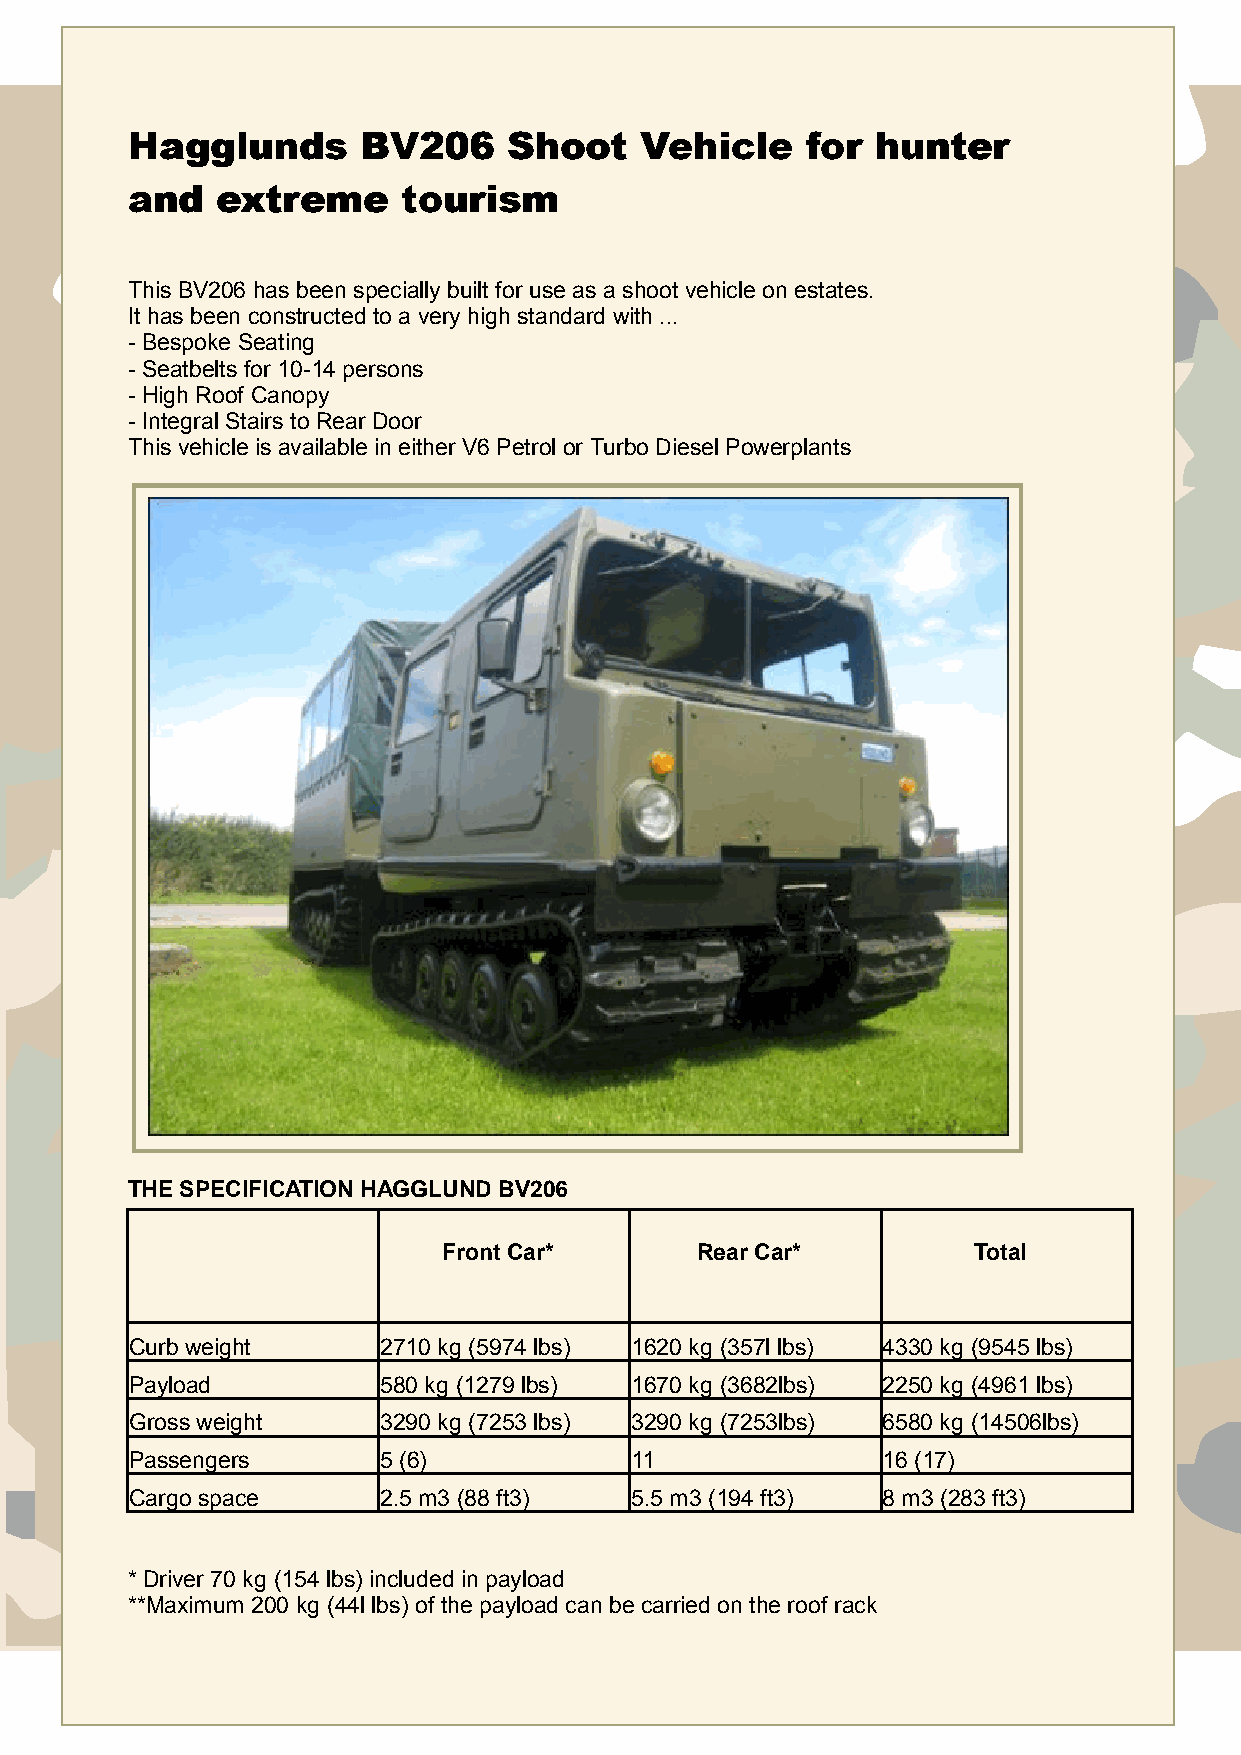
HHHaaaggggggllluuunnndddsss BBBVVV222000666 SSShhhoooooottt VVVeeehhhiiicccllleee fffooorrr hhhuuunnnttteeerrr
 aaannnddd eeexxxtttrrreeemmmeee tttooouuurrriiisssmmm
 This BV206 has been specially built for use as a shoot vehicle on estates.
 It has been constructed to a very high standard with ...
 - Bespoke Seating
 - Seatbelts for 10-14 persons
 - High Roof Canopy
 - Integral Stairs to Rear Door
 This vehicle is available in either V6 Petrol or Turbo Diesel Powerplants
 THE SPECIFICATION HAGGLUND BV206
 FrontCar*        RearCar*          Total
 Curb weight     2710 kg (5974 lbs) 1620 kg (357l lbs) 4330 kg (9545 lbs)
 Payload         580 kg (1279 lbs) 1670 kg (3682lbs) 2250 kg (4961 lbs)
 Gross weight    3290 kg (7253 lbs) 3290 kg (7253lbs) 6580 kg (14506lbs)
 Passengers      5 (6)            11              16 (17)
 Cargo space     2.5 m3 (88 ft3)  5.5 m3 (194 ft3) 8 m3 (283 ft3)
 * Driver 70 kg (154 lbs) included in payload
 **Maximum 200 kg (44l lbs) of the payload can be carried on the roof rack